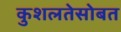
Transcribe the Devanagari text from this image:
कुशलतेसोबत